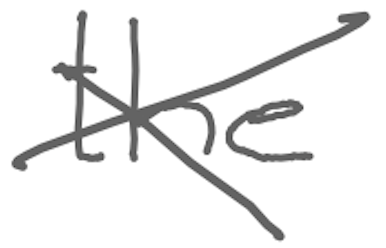
Text: the
Cross-out: cross
Writing tool: digital_gray